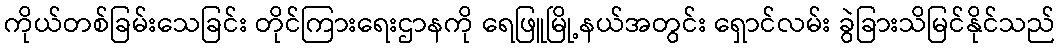
ကိုယ်တစ်ခြမ်းသေခြင်း တိုင်ကြားရေးဌာနကို ရေဖြူမြို့နယ်အတွင်း ရှောင်လမ်း ခွဲခြားသိမြင်နိုင်သည်